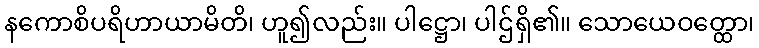
နကောစိပရိဟာယာမိတိ၊ ဟူ၍လည်း။ ပါဋ္ဌော၊ ပါဌ်ရှိ၏။ သောယေဝတ္ထော၊